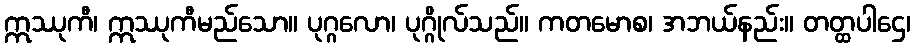
ဣဿုကီ၊ ဣဿုကီမည်သော။ ပုဂ္ဂလော၊ ပုဂ္ဂိုလ်သည်။ ကတမောစ၊ အဘယ်နည်း။ တတ္ထပါဌေ၊